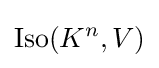
{\text{Iso}}(K^{n},V)